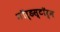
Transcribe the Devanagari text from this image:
नॉर्डस्टॉर्म